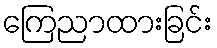
ကြေညာထားခြင်း